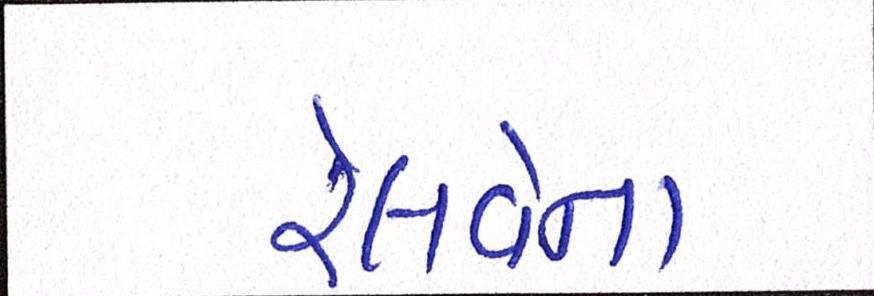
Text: રેલવેના